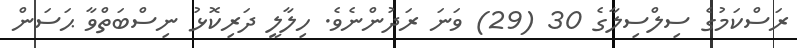
ރަސްކަމުގެ ސިލްސިލާގެ 30 (29) ވަނަ ރަދުންނެވެ. ހިލާލީ ދަރިކޮޅު ނިސްބަތްވާ ޙަސަން